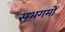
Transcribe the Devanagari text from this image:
सभगमों